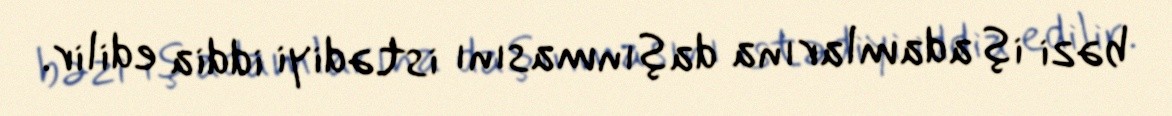
bəzi iş adamlarına daşınmasını istədiyi iddia edilir.